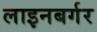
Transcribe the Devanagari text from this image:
लाइनबर्गर